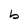
Character: b